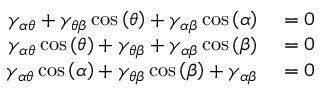
\begin{array} { r l } { \gamma _ { \alpha \theta } + \gamma _ { \theta \beta } \cos \left( \theta \right) + \gamma _ { \alpha \beta } \cos \left( \alpha \right) } & { { } = 0 } \\ { \gamma _ { \alpha \theta } \cos \left( \theta \right) + \gamma _ { \theta \beta } + \gamma _ { \alpha \beta } \cos \left( \beta \right) } & { { } = 0 } \\ { \gamma _ { \alpha \theta } \cos \left( \alpha \right) + \gamma _ { \theta \beta } \cos \left( \beta \right) + \gamma _ { \alpha \beta } } & { { } = 0 } \end{array}